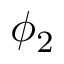
\phi _ { 2 }